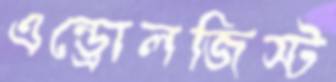
এন্ড্রোলজিস্ট